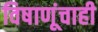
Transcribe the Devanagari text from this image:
विषाणूंचाही